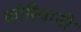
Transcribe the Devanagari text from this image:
कोरियानी